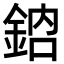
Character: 𨦳